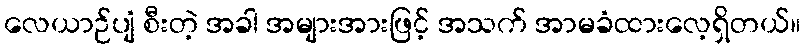
လေယာဉ်ပျံ စီးတဲ့ အခါ အများအားဖြင့် အသက် အာမခံထားလေ့ရှိတယ်။